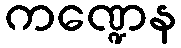
ကဏ္ဍေန